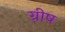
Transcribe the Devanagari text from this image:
ग्रीष